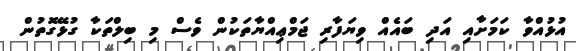
އުޅުއްވާ ކަމަށާއި އަދި ބައެއް ވިޔަފާރި ޖަމްޢިއްޔާތަކުން ވެސް މި ބިލްތަކާ ގުޅޭގޮތުން